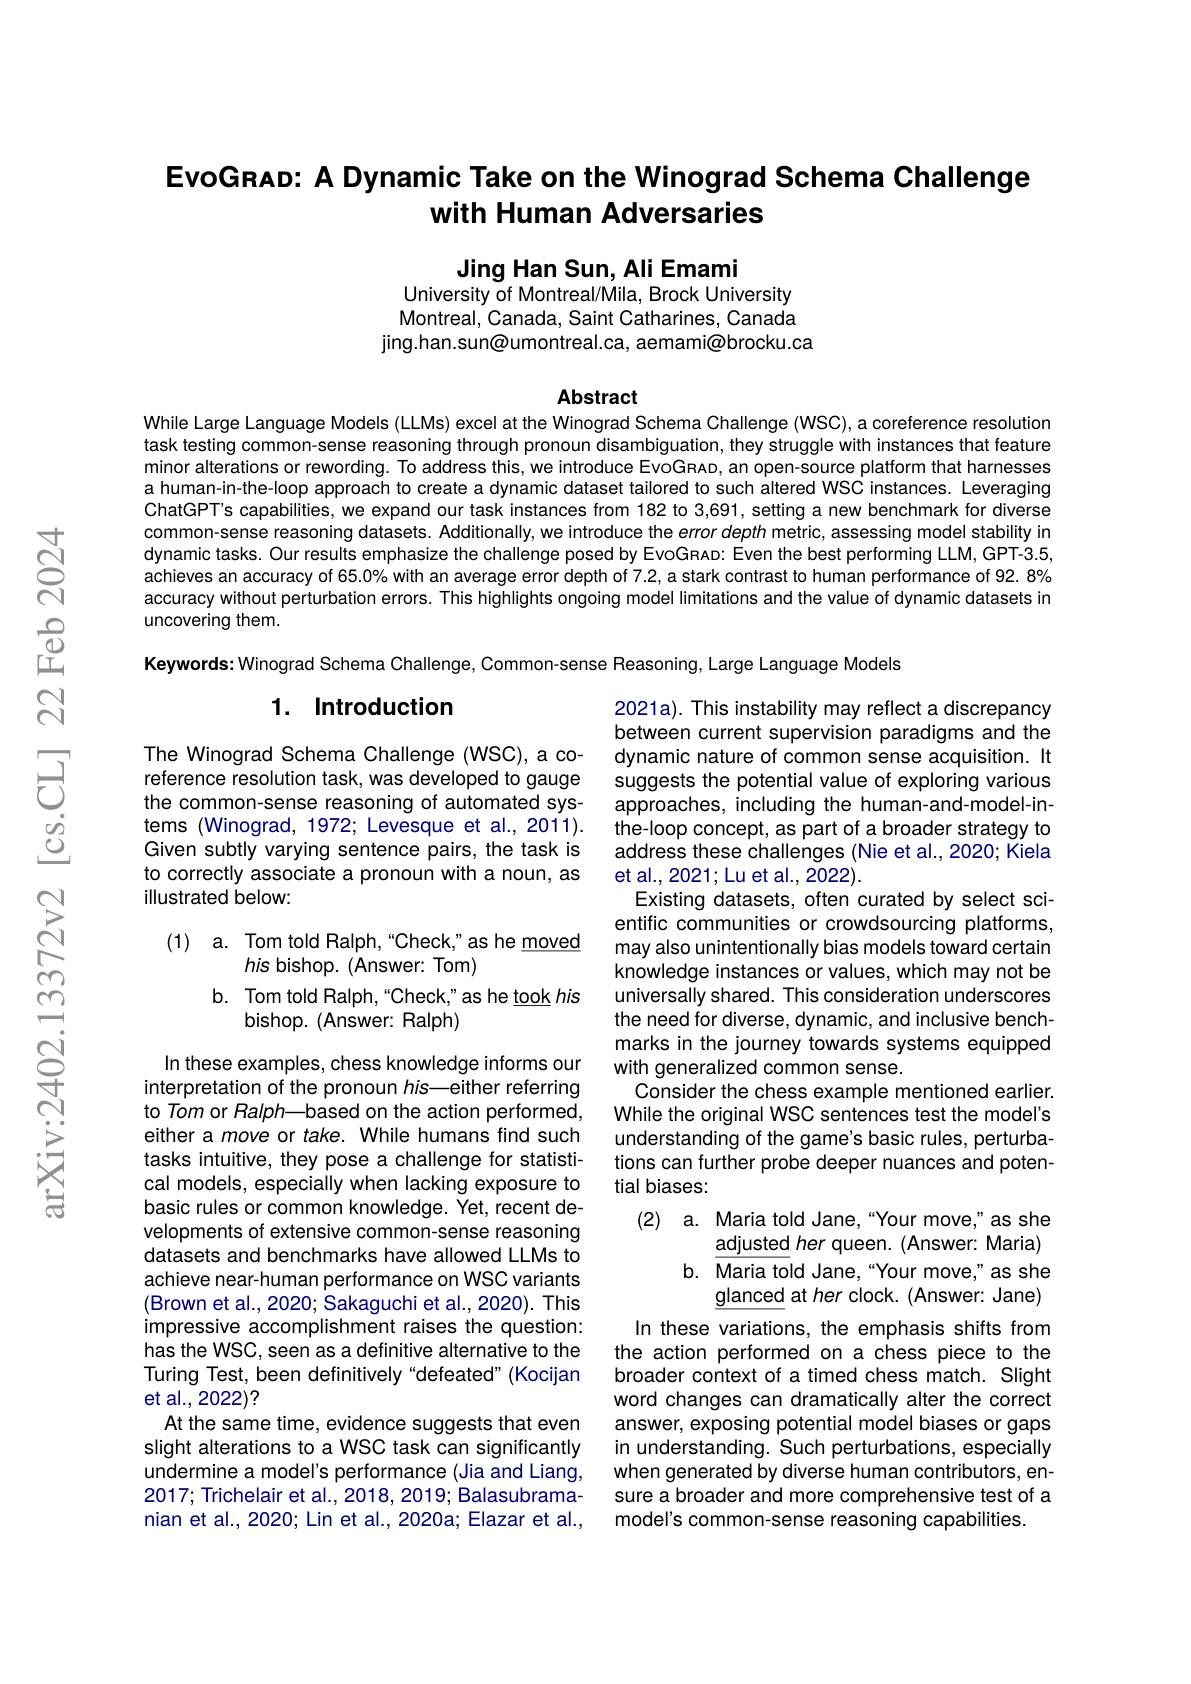
# EvoGRAD: A Dynamic Take on the Winograd Schema Challenge with Human Adversaries

Jing Han Sun, Ali Emami
University of Montreal/Mila, Brock University

Montreal, Canada, Saint Catharines, Canada jing.han.sun@umontreal.ca, aemami@brocku.ca

Abstract

While Large Language Models (LLMs) excel at the Winograd Schema Challenge (WSC), a coreference resolution task testing common-sense reasoning through pronoun disambiguation, they struggle with instances that feature minor alterations or rewording. To address this, we introduce EvoGRAD, an open-source platform that harnesses a human-in-the-loop approach to create a dynamic dataset tailored to such altered WSC instances. Leveraging ChatGPT's capabilities, we expand our task instances from 182 to 3,691, setting a new benchmark for diverse common-sense reasoning datasets. Additionally, we introduce the error depth metric, assessing model stability in dynamic tasks. Our results emphasize the challenge posed by EvoGRAD: Even the best performing LLM, GPT-3.5, achieves an accuracy of 65.0% with an average error depth of 7.2, a stark contrast to human performance of 92. 8% accuracy without perturbation errors. This highlights ongoing model limitations and the value of dynamic datasets in uncovering them.

Keywords: Winograd Schema Challenge, Common-sense Reasoning, Large Language Models

## 1. Introduction

The Winograd Schema Challenge (WSC), a coreference resolution task, was developed to gauge the common-sense reasoning of automated systems (Winograd, 1972; Levesque et al., 2011). Given subtly varying sentence pairs, the task is to correctly associate a pronoun with a noun, as illustrated below:

(1) a. Tom told Ralph,“Check,”as he moved
his bishop. (Answer: Tom)
b. Tom told Ralph, "Check," as he took his
bishop. (Answer: Ralph)

2021a). This instability may reflect a discrepancy between current supervision paradigms and the dynamic nature of common sense acquisition. It suggests the potential value of exploring various approaches, including the human-and-model-inthe-loop concept, as part of a broader strategy to address these challenges (Nie et al., 2020; Kiela et al., 2021; Lu et al., 2022).
Existing datasets, often curated by select scientific communities or crowdsourcing platforms, may also unintentionally bias models toward certain knowledge instances or values, which may not be universally shared. This consideration underscores the need for diverse, dynamic, and inclusive benchmarks in the journey towards systems equipped with generalized common sense.
Consider the chess example mentioned earlier. While the original WSC sentences test the model's understanding of the game's basic rules, perturbations can further probe deeper nuances and potential biases:
(2) a. Maria told Jane,“Your move,”as she
adjusted her queen. (Answer: Maria) b. Maria told Jane,“Your move,”as she
glanced at her clock. (Answer: Jane)
In these variations, the emphasis shifts from the action performed on a chess piece to the broader context of a timed chess match. Slight word changes can dramatically alter the correct answer, exposing potential model biases or gaps in understanding. Such perturbations, especially when generated by diverse human contributors, ensure a broader and more comprehensive test of a model's common-sense reasoning capabilities.

In these examples, chess knowledge informs our interpretation of the pronoun his—either referring to Tom or Ralph—based on the action performed, either a move or take. While humans find such tasks intuitive, they pose a challenge for statistical models, especially when lacking exposure to basic rules or common knowledge. Yet, recent developments of extensive common-sense reasoning datasets and benchmarks have allowed LLMs to achieve near-human performance on WSC variants (Brown et al., 2020; Sakaguchi et al., 2020). This impressive accomplishment raises the question: has the WSC, seen as a definitive alternative to the Turing Test, been definitively "defeated" (Kocijan et al., 2022)?
At the same time, evidence suggests that even slight alterations to a WSC task can significantly undermine a model's performance (Jia and Liang, 2017; Trichelair et al., 2018, 2019; Balasubramanian et al., 2020; Lin et al., 2020a; Elazar et al.,